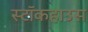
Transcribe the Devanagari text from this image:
स्टॉकहाउस